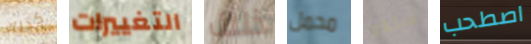
كذلك التغييرات ذلك محمل ستقع اصطحب